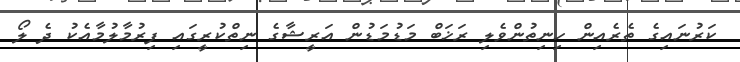
ކަރުނައިގެ ތެރެއިން ހިނިތުންވެލި ރަޚަބް މަޑުމަޑުން އަރީޝާގެ ނިތްކުރީގައި ފިރުމާލުމާއެކު ދެ ލޯ